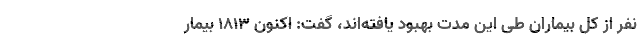
نفر از کل بیماران طی این مدت بهبود یافته‌اند، گفت: اکنون ۱۸۱۳ بیمار